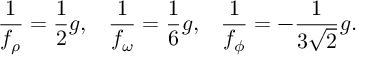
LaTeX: { \frac { 1 } { f _ { \rho } } } = { \frac { 1 } { 2 } } g , \; \; \; { \frac { 1 } { f _ { \omega } } } = { \frac { 1 } { 6 } } g , \; \; \; { \frac { 1 } { f _ { \phi } } } = - { \frac { 1 } { 3 \sqrt { 2 } } } g .